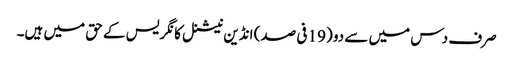
صرف دس میں سے دو (19 فی صد) انڈین نیشنل کانگریس کے حق میں ہیں۔